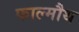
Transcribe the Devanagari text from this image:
फाल्मौथ